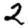
Digit: 2